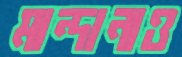
মান্দানাও